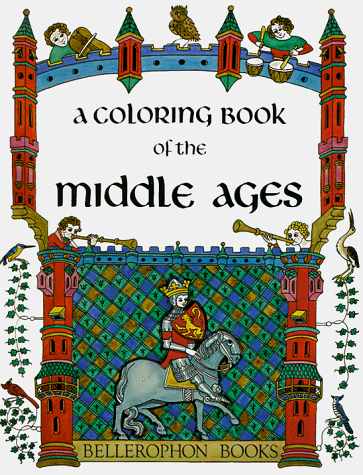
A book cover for Coloring Book of the Middle Ages; Bellerophon Books; Children's Books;